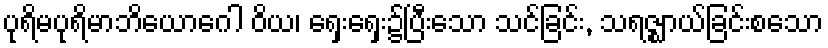
ပုရိမပုရိမာဘိယောဂေါ ဝိယ၊ ရှေးရှေး၌ပြီးသော သင်ခြင်း, သရဇ္ဈာယ်ခြင်းစသော